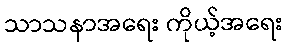
သာသနာအရေး ကိုယ့်အရေး